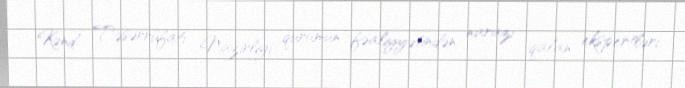
Kənd Təsərrüfatı Nazirliyi qurumun fəaliyyətindən narazı qalan ekspertləri